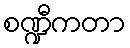
စဏ္ဍီကတာ